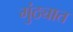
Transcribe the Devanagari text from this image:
गुंठ्यात